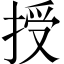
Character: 授